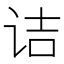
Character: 诘